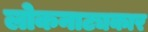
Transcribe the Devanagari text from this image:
लोकनाट्यकार